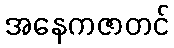
အနေကဇာတင်